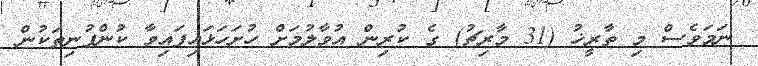
ނަމަވެސް މި ތާރީޚު (31 މާރިޗު) ގެ ކުރިން އުވާލުމަށް ހުށަހަޅައިފައިވާ ކުންފުނިތަކުން